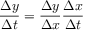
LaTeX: { \frac { \Delta y } { \Delta t } } = { \frac { \Delta y } { \Delta x } } { \frac { \Delta x } { \Delta t } }